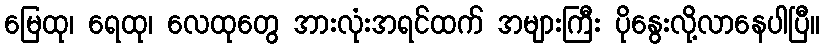
မြေထု၊ ရေထု၊ လေထုတွေ အားလုံးအရင်ထက် အများကြီး ပိုနွေးလို့လာနေပါပြီ။